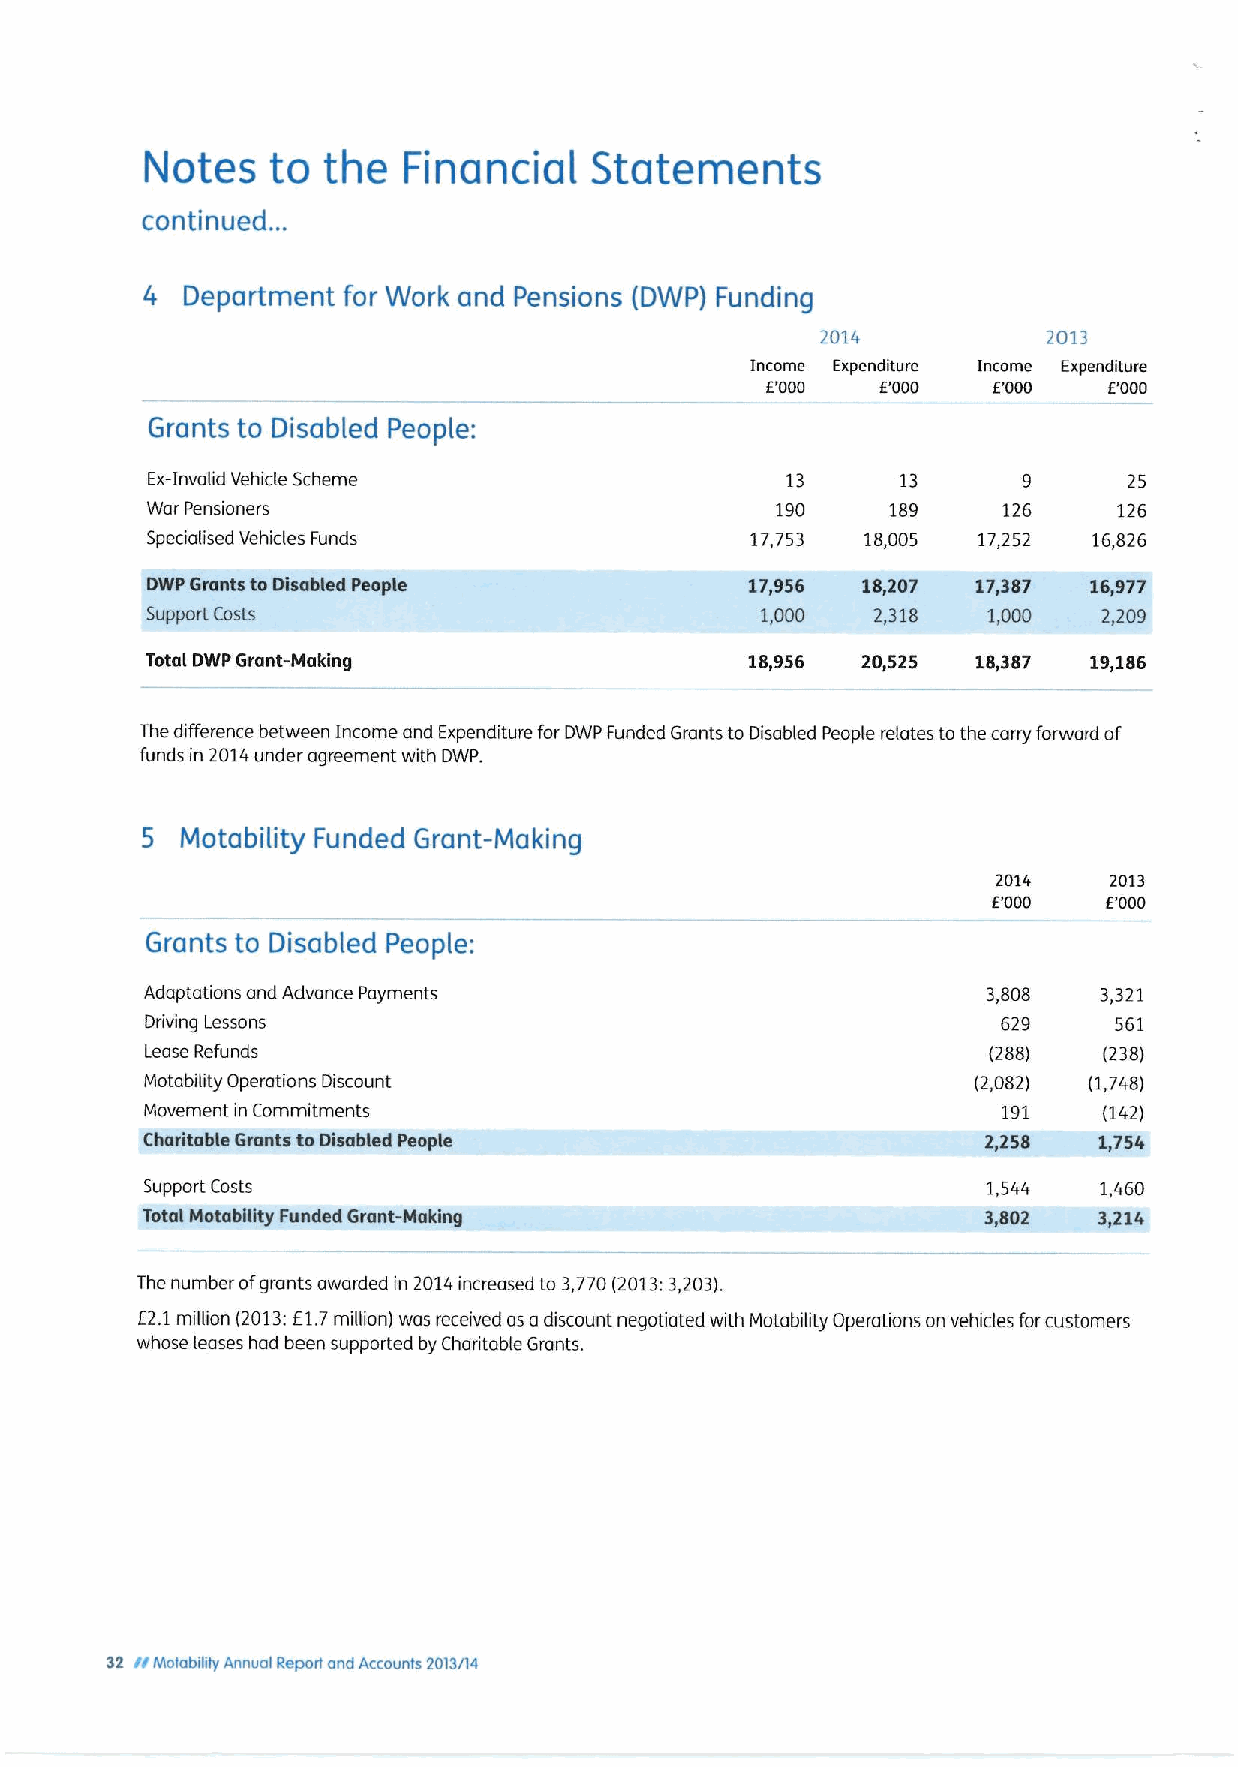
Notes   to the   Financial   Statements
 continued. ..
 4  Department for Work and Pensions (DWP) Funding
 2014           20'I3
 Income Expenditure Income Expenditure
 E'000  I'000   E'000  E'000
 Grants to Disabled People:
 Ex-Invalid Vehicle Scheme                 13      13      9      25
 War Pensioners                           190     189    126     126
 Specialised Vehicles Funds              17,753 18,005  17,252 16,826
 DWP Grants toIdsabted People            17,956 18,207  17,387 16,977
 Support Costs                           1,000   2,318  1,000   2,209
 Total DWP Grant-Making                  18956  20~525  18p387 19186
 The difference between Income and Expenditure for DWP Funded Grants to Disabled People relates to the carry forward of
 funds in 2014under agreement with DWP.
 5  Motability Funded Grant-Making
 2014   2013
 E'000  E'000
 Grants to Disabled People:
 Adaptations and Advance Payments                       3,808   3,321
 Driving Lessons                                         629     561
 Lease Refunds                                          (288)   (238)
 Motability Operations Discount                         (2,082) (1,748)
 Movement in Commitments                                 191    (142)
 Charitable Grants toDisabled People                     2,258   1,754
 Support Costs                                          1,544   1,460
 Total Motabgity Funded Gront-Making                     3,802   3,214
 The number ofgrants awarded in 2014increased to 3,770(2013:3,203).
 E2.1million (2013:E1.7million) was received as adiscount negotiated with Motability Operations on vehicles forcustomers
 whose leases had been supported by Charitable Grants.
 32 WMutability Annual Report aad Accounts 2013/14